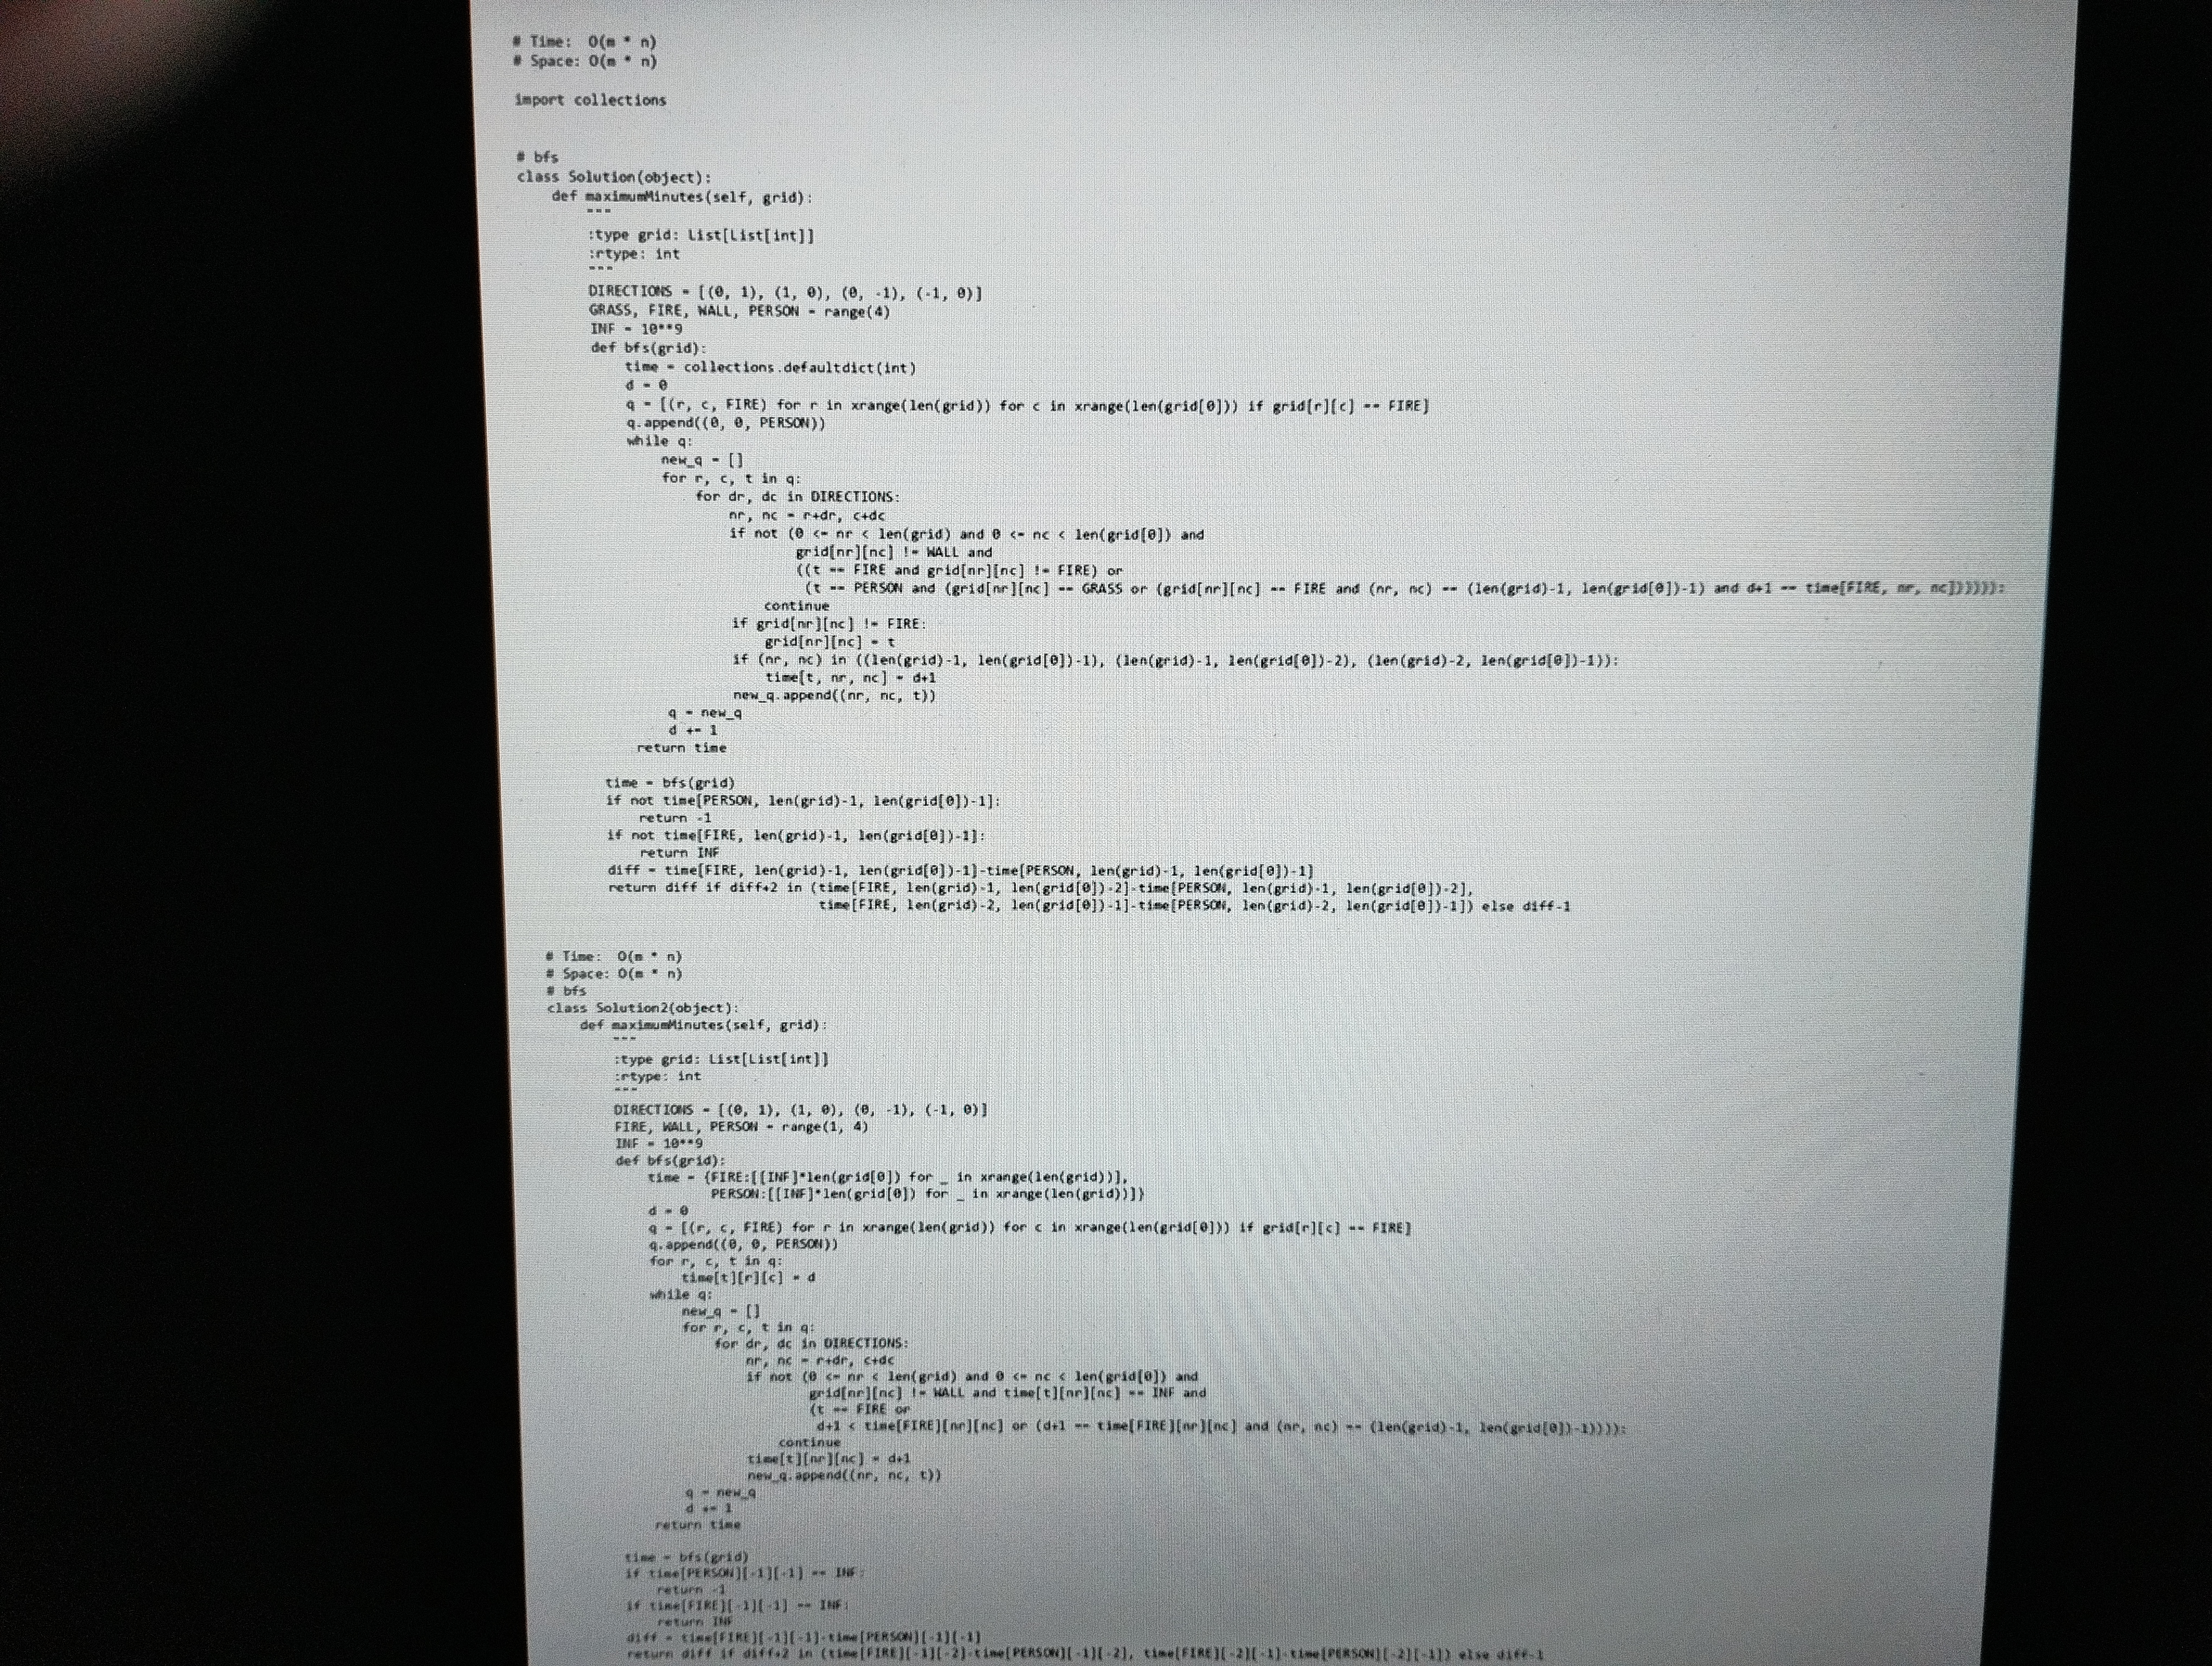
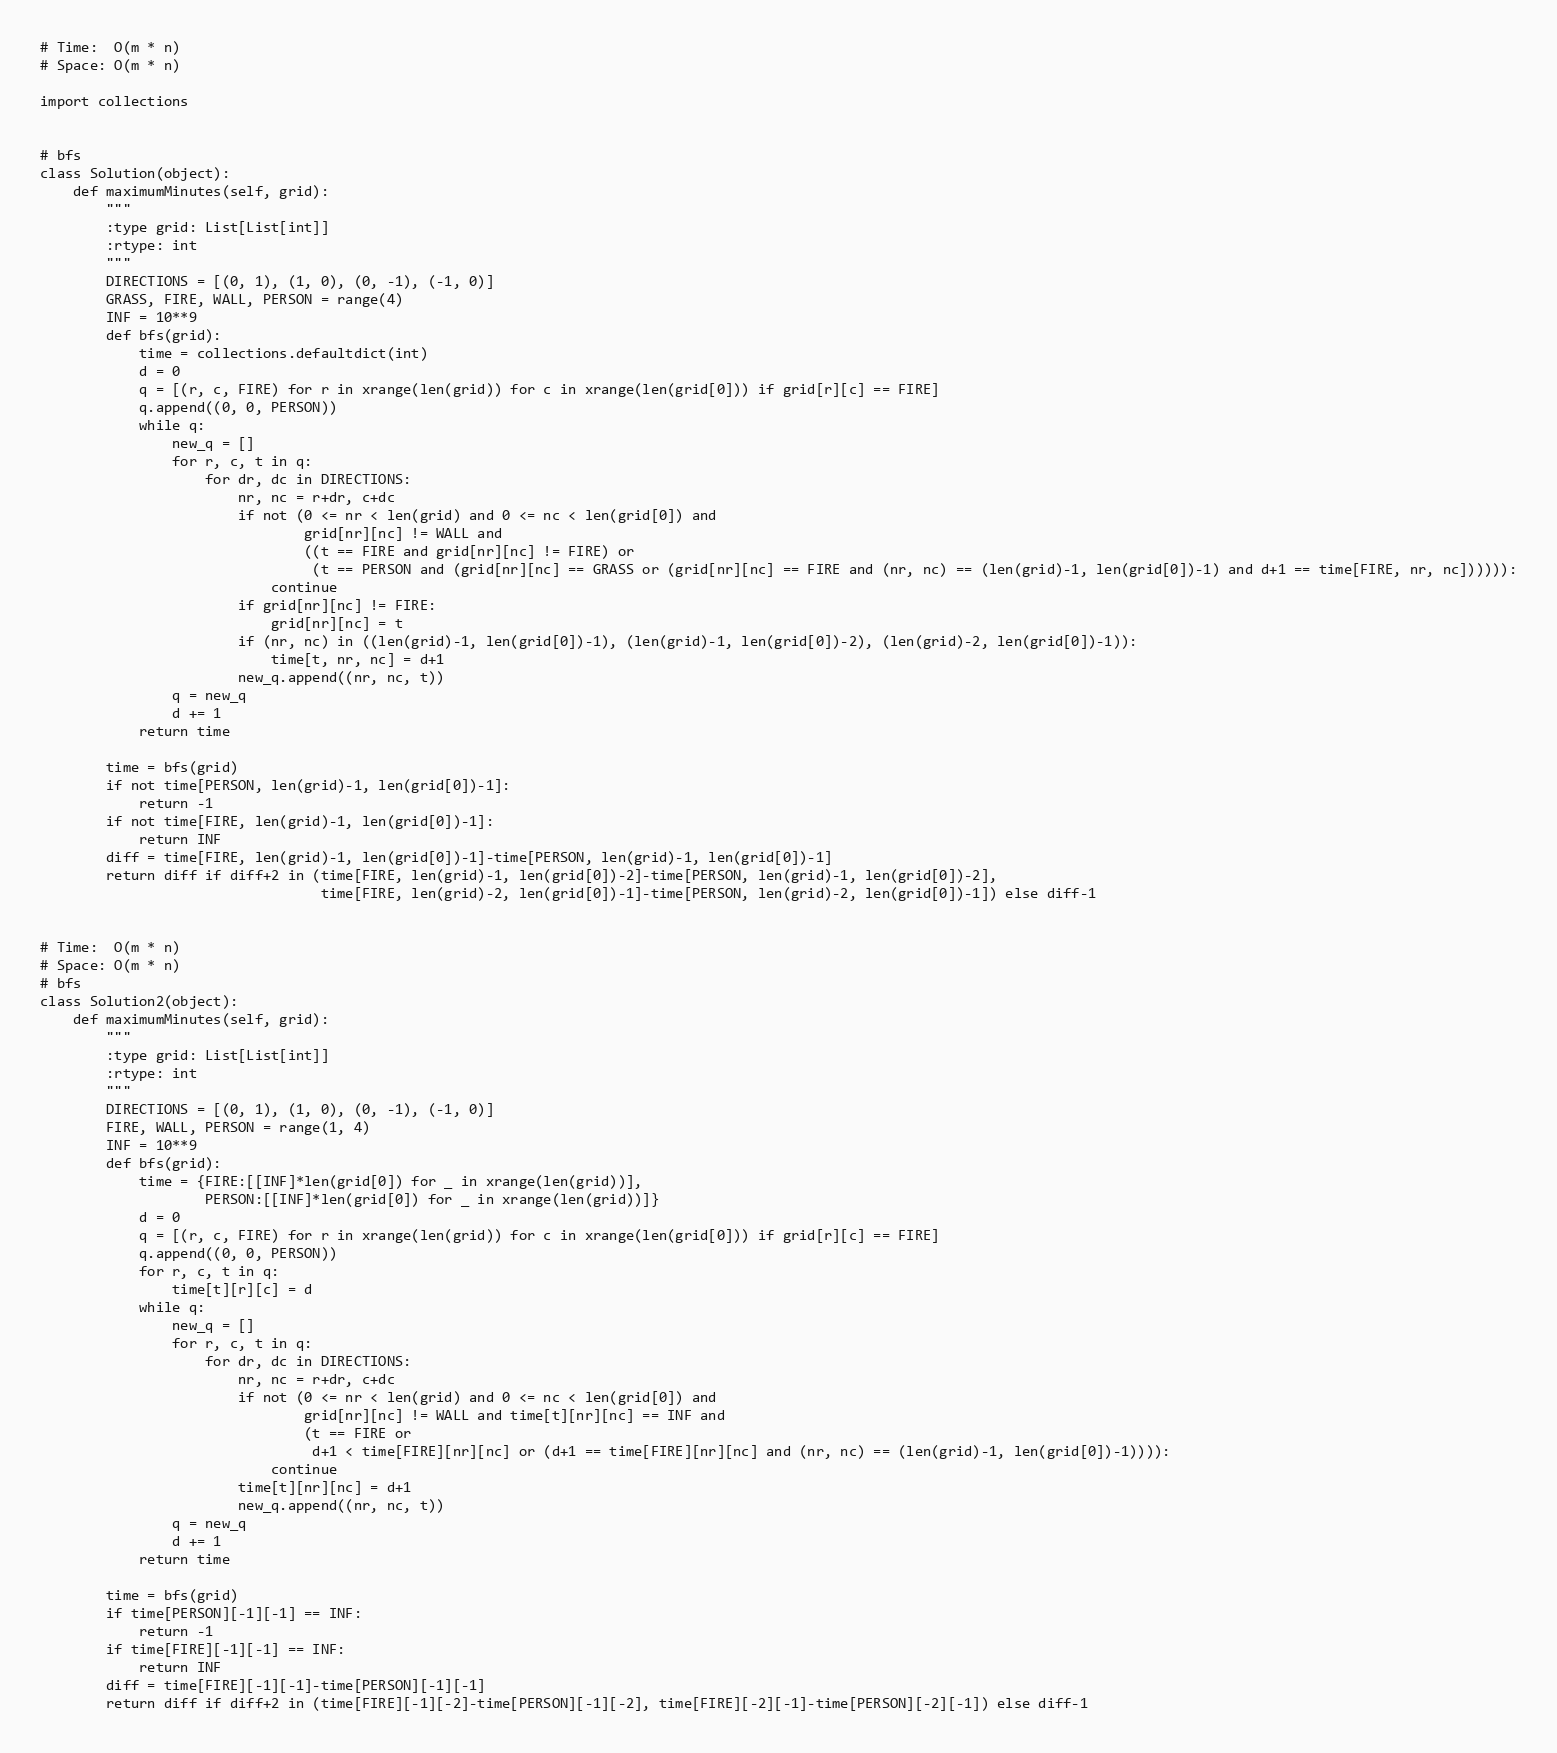
# Time:  O(m * n)
# Space: O(m * n)

import collections

# bfs
class Solution(object):
    def maximumMinutes(self, grid):
        """
        :type grid: List[List[int]]
        :rtype: int
        """
        DIRECTIONS = [(0, 1), (1, 0), (0, -1), (-1, 0)]
        GRASS, FIRE, WALL, PERSON = range(4)
        INF = 10**9
        def bfs(grid):
            time = collections.defaultdict(int)
            d = 0
            q = [(r, c, FIRE) for r in xrange(len(grid)) for c in xrange(len(grid[0])) if grid[r][c] == FIRE]
            q.append((0, 0, PERSON))
            while q:
                new_q = []
                for r, c, t in q:
                    for dr, dc in DIRECTIONS:
                        nr, nc = r+dr, c+dc
                        if not (0 <= nr < len(grid) and 0 <= nc < len(grid[0]) and
                                grid[nr][nc] != WALL and
                                ((t == FIRE and grid[nr][nc] != FIRE) or
                                 (t == PERSON and (grid[nr][nc] == GRASS or (grid[nr][nc] == FIRE and (nr, nc) == (len(grid)-1, len(grid[0])-1) and d+1 == time[FIRE, nr, nc]))))):
                            continue
                        if grid[nr][nc] != FIRE:
                            grid[nr][nc] = t
                        if (nr, nc) in ((len(grid)-1, len(grid[0])-1), (len(grid)-1, len(grid[0])-2), (len(grid)-2, len(grid[0])-1)):
                            time[t, nr, nc] = d+1
                        new_q.append((nr, nc, t))
                q = new_q
                d += 1
            return time

        time = bfs(grid)
        if not time[PERSON, len(grid)-1, len(grid[0])-1]:
            return -1
        if not time[FIRE, len(grid)-1, len(grid[0])-1]:
            return INF
        diff = time[FIRE, len(grid)-1, len(grid[0])-1]-time[PERSON, len(grid)-1, len(grid[0])-1]
        return diff if diff+2 in (time[FIRE, len(grid)-1, len(grid[0])-2]-time[PERSON, len(grid)-1, len(grid[0])-2],
                                  time[FIRE, len(grid)-2, len(grid[0])-1]-time[PERSON, len(grid)-2, len(grid[0])-1]) else diff-1

# Time:  O(m * n)
# Space: O(m * n)
# bfs
class Solution2(object):
    def maximumMinutes(self, grid):
        """
        :type grid: List[List[int]]
        :rtype: int
        """
        DIRECTIONS = [(0, 1), (1, 0), (0, -1), (-1, 0)]
        FIRE, WALL, PERSON = range(1, 4)
        INF = 10**9
        def bfs(grid):
            time = {FIRE:[[INF]*len(grid[0]) for _ in xrange(len(grid))],
                    PERSON:[[INF]*len(grid[0]) for _ in xrange(len(grid))]}
            d = 0
            q = [(r, c, FIRE) for r in xrange(len(grid)) for c in xrange(len(grid[0])) if grid[r][c] == FIRE]
            q.append((0, 0, PERSON))
            for r, c, t in q:
                time[t][r][c] = d
            while q:
                new_q = []
                for r, c, t in q:
                    for dr, dc in DIRECTIONS:
                        nr, nc = r+dr, c+dc
                        if not (0 <= nr < len(grid) and 0 <= nc < len(grid[0]) and
                                grid[nr][nc] != WALL and time[t][nr][nc] == INF and
                                (t == FIRE or
                                 d+1 < time[FIRE][nr][nc] or (d+1 == time[FIRE][nr][nc] and (nr, nc) == (len(grid)-1, len(grid[0])-1)))):
                            continue
                        time[t][nr][nc] = d+1
                        new_q.append((nr, nc, t))
                q = new_q
                d += 1
            return time

        time = bfs(grid)
        if time[PERSON][-1][-1] == INF:
            return -1
        if time[FIRE][-1][-1] == INF:
            return INF
        diff = time[FIRE][-1][-1]-time[PERSON][-1][-1]
        return diff if diff+2 in (time[FIRE][-1][-2]-time[PERSON][-1][-2], time[FIRE][-2][-1]-time[PERSON][-2][-1]) else diff-1